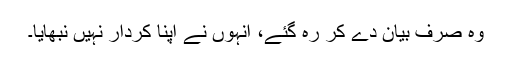
وہ صرف بیان دے کر رہ گئے، انہوں نے اپنا کردار نہیں نبھایا۔